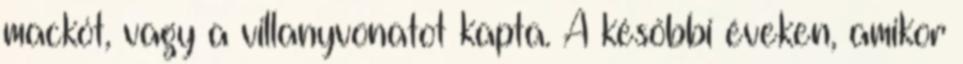
mackót, vagy a villanyvonatot kapta. A későbbi éveken, amikor